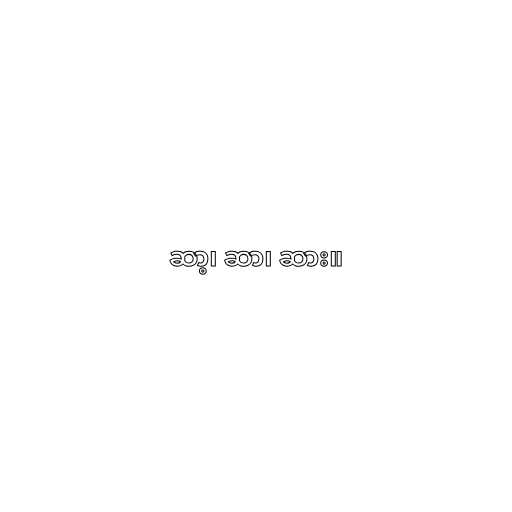
ဆာ့၊ ဆာ၊ ဆား။